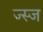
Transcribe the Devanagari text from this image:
ज्स्ज